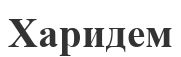
Харидем